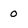
Character: 0